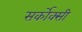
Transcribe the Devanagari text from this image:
सर्कोक्सी